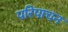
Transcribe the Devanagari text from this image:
परिपाचन